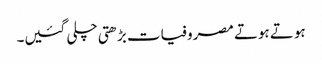
ہوتے ہوتے مصروفیات بڑھتی چلی گئیں۔